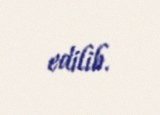
edilib.